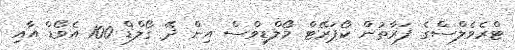
ޓްރެވެލްސްގެ ފަރާތުން ކޯޕަރޭޓް މޯލްޑިވްސް އިން ދޭ ގޯލްޑް 100 އެވޯޑް އާއި